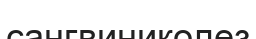
сангвиниколез